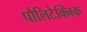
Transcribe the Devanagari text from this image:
पौलिटेक्निक